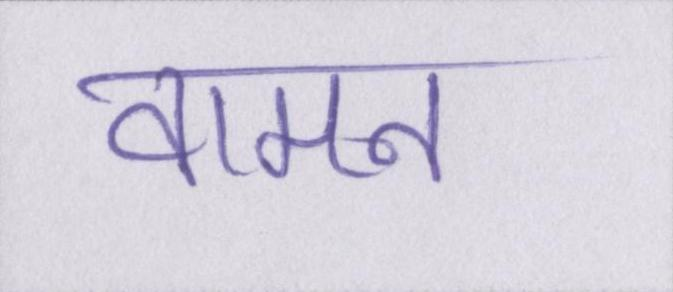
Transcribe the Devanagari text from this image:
वामन